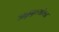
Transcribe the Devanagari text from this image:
अन्नद्रव्यांचा